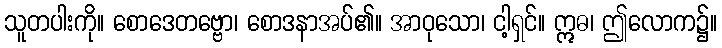
သူတပါးကို။ စောဒေတဗ္ဗော၊ စောဒနာအပ်၏။ အာဝုသော၊ ငါ့ရှင်။ ဣဓ၊ ဤလောက၌။